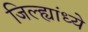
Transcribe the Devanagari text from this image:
जिल्ह्यांध्ये